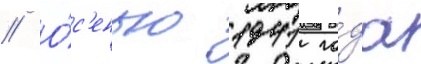
// О́с'енью 1941 го́да